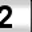
Digit: 2